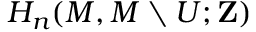
H _ { n } ( M , M \setminus U ; \mathbf { Z } )